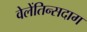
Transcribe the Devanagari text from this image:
वेलेंतिन्सदाग